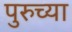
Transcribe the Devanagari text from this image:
पुरुच्या